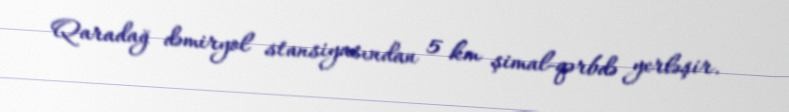
Qaradağ dəmiryol stansiyasından 5 km şimal-qərbdə yerləşir.